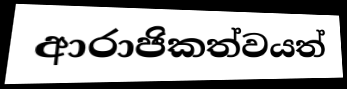
ආරාජිකත්වයත්